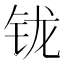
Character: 𰽦